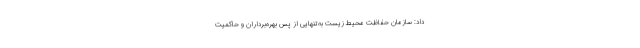
داد: سازمان حفاظت محیط زیست به‌تنهایی از پس بهره‌برداران و حاکمیت